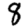
Digit: 8